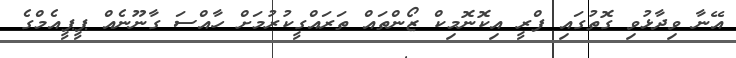
އޭނާ ވިދާޅުވި ގޮތުގައި ފްރީ އިކޮނޮމިކް ޒޯންތައް ތަރައްގީކުރުމަށް ހާއްސަ ގާނޫނެއް ޕީޕީއެމްގެ